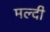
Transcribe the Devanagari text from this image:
मल्दी